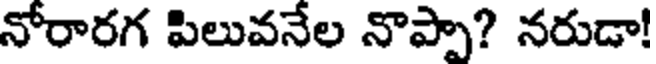
నోరారగ పిలువనేల నొప్పా? నరుడా!